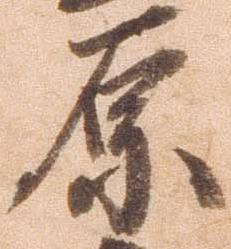
原